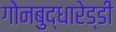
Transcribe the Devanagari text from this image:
गोनबुद्धारेड्डी